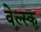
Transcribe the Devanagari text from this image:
वेल्स्क